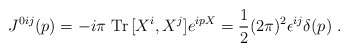
\begin{align*}J^{0ij} (p) = -i \pi~ {\rm Tr}\, [X^i, X^j] e^{ipX}= \frac{1}{2} (2 \pi)^2 \epsilon^{ij} \delta (p) \;.\end{align*}